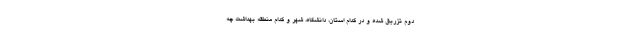
دوم تزریق شده و در کدام استان، دانشگاه، شهر و کدام منطقه بهداشت چه